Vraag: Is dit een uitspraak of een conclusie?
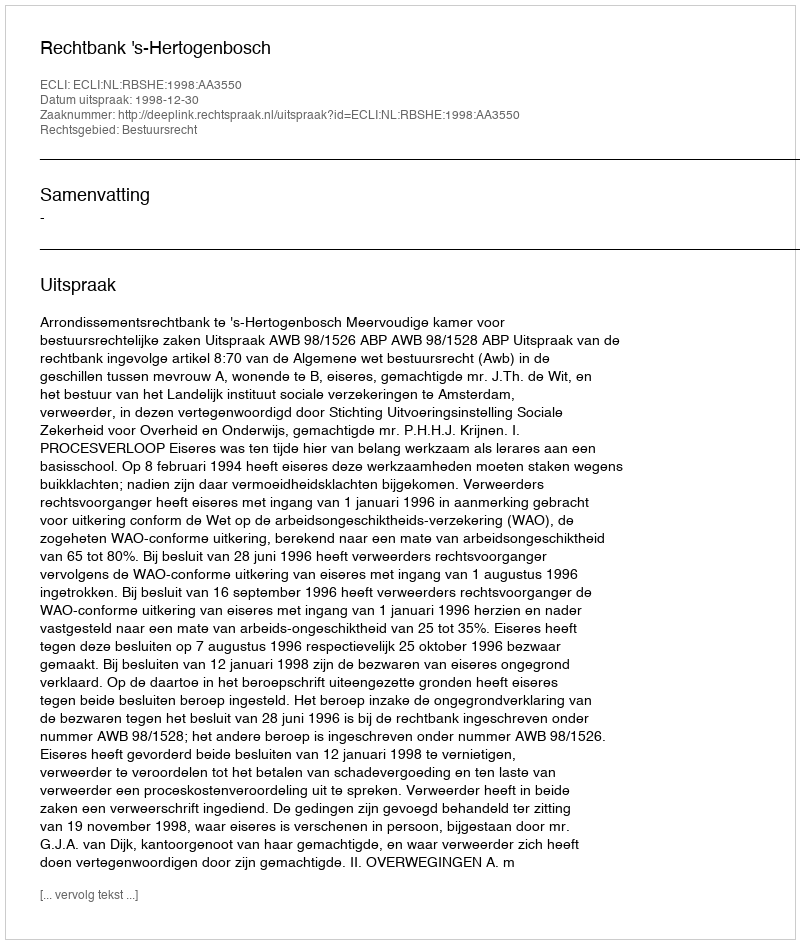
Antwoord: Uitspraak